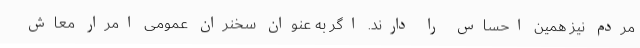
مردم نیز همین احساس را دارند. اگر به عنوان سخنران عمومی امرار معاش